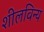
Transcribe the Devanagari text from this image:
शीलविन्य